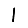
Digit: 1